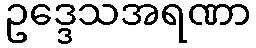
ဥဒ္ဒေသအရဏာ